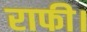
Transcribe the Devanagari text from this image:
राफी।